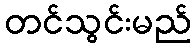
တင်သွင်းမည်